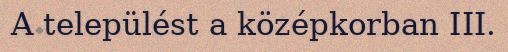
A települést a középkorban III.